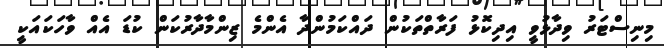
މިނިސްޓަރު ވިދާޅުވީ އިދިކޮޅު ފަރާތްތަކުން ދައްކަމުންދާ އެންމެ ޒިންމާދާރުކަން ކުޑަ އެއް ވާހަކައަކީ